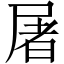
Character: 屠